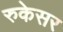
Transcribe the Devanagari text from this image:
रुकेसर